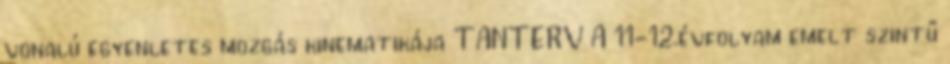
vonalú egyenletes mozgás kinematikája TANTERV A 11-12.évfolyam emelt szintű